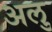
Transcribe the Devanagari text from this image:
अलु